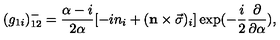
( { g _ { 1 i } } ) _ { 1 2 } ^ { - } = \frac { \alpha - i } { 2 \alpha } [ - i { n } _ { i } + ( { \bf n } \times { \vec { \sigma } } ) _ { i } ] \exp ( - \frac { i } { 2 } \frac { \partial } { \partial \alpha } ) ,